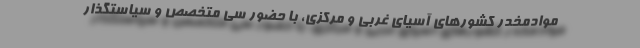
موادمخدر کشورهای آسیای غربی و مرکزی، با حضور سی متخصص و سیاستگذار